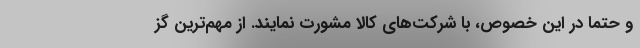
و حتما در این خصوص، با شرکت‌های کالا مشورت نمایند. از مهم‌ترین گز